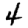
Digit: 4